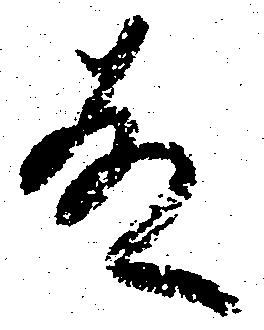
故